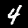
Label: 4